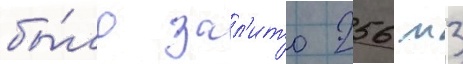
бы́ло зал'ито 256 м3